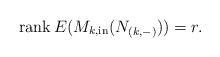
\begin{align*}\operatorname{rank} E(M_{k,\mathrm{in}}(N_{(k,-)})) = r.\end{align*}